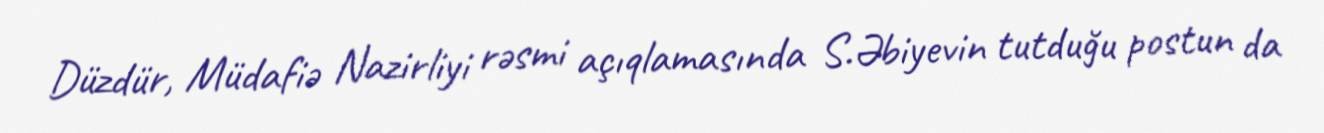
Düzdür, Müdafiə Nazirliyi rəsmi açıqlamasında S.Əbiyevin tutduğu postun da